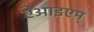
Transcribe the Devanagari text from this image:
ऐआइएम्